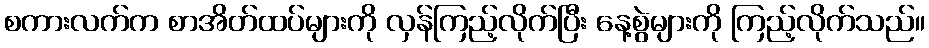
စကားလက်က စာအိတ်ထပ်များကို လှန်ကြည့်လိုက်ပြီး နေ့စွဲများကို ကြည့်လိုက်သည်။